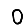
Digit: 0